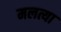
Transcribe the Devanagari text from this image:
मलत्या